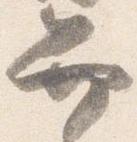
弁